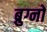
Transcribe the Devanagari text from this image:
ब्रुग्नों